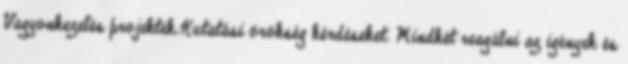
Vagyonkezelés projektek.Kutatási örökség kérdéseket. Mindkét reagálni az igények és